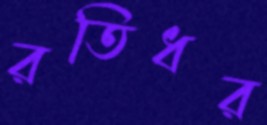
রতিধর